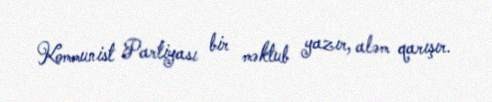
Kommunist Partiyası bir məktub yazır, aləm qarışır.